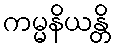
ကမ္မနိယန္တိ